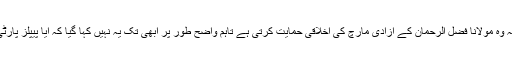
پیپلز پارٹی شروع سے کہہ رہی ہے کہ وہ مولانا فضل الرحمان کے آزادی مارچ کی اخلاقی حمایت کرتی ہے تاہم واضح طور پر ابھی تک یہ نہیں کہا گیا کہ آیا پیپلز پارٹی خود اس مارچ کا حصہ ہوگی یا نہیں۔